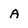
Character: A